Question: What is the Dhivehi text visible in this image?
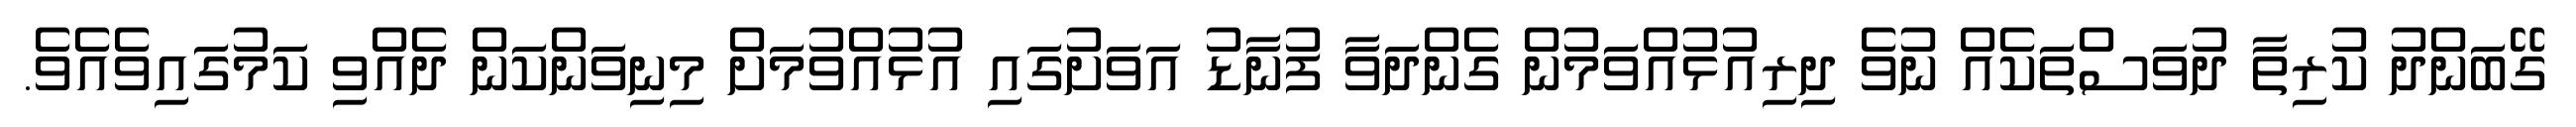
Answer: ގޭބަންދު ކުރިތާ ދުވަސްތަކެއް ނުވެ ދިރިއުޅުއްވަމުން ގެންދަވާ ފުނާޑު އަވަށުގައި އުޅުއްވުމަށް މިނިވަންކަން ދެއްވި ކަމުގައިވެއެވެ.